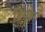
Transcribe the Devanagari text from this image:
ब्रियूइंग